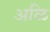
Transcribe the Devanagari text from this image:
अळि